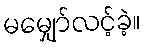
မမျှော်လင့်ခဲ့။